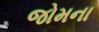
જોમના